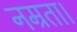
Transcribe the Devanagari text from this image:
नम्रता।